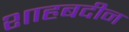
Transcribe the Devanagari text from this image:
शाहबदीन